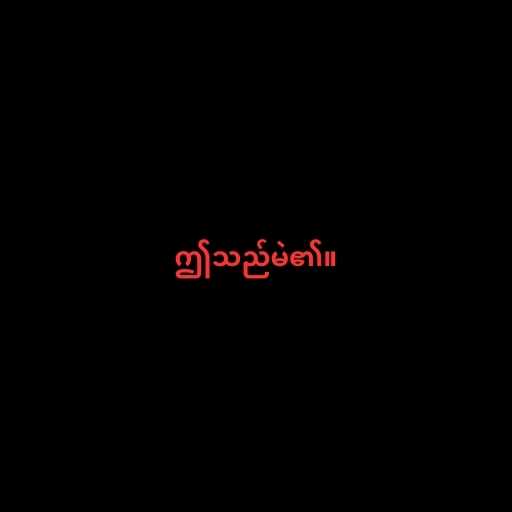
ဤသည်မဲ၏။